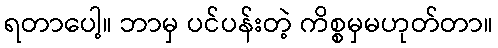
ရတာပေါ့။ ဘာမှ ပင်ပန်းတဲ့ ကိစ္စမှမဟုတ်တာ။